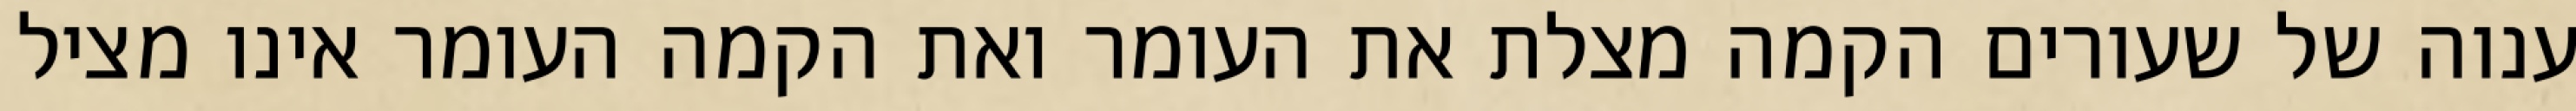
ענוה של שעורים הקמה מצלת את העומר ואת הקמה העומר אינו מציל